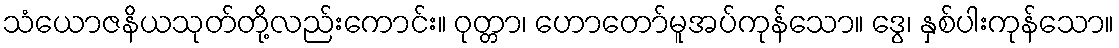
သံယောဇနိယသုတ်တို့လည်းကောင်း။ ဝုတ္တာ၊ ဟောတော်မူအပ်ကုန်သော။ ဒွေ၊ နှစ်ပါးကုန်သော။